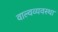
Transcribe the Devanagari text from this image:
वाल्वव्यवस्था